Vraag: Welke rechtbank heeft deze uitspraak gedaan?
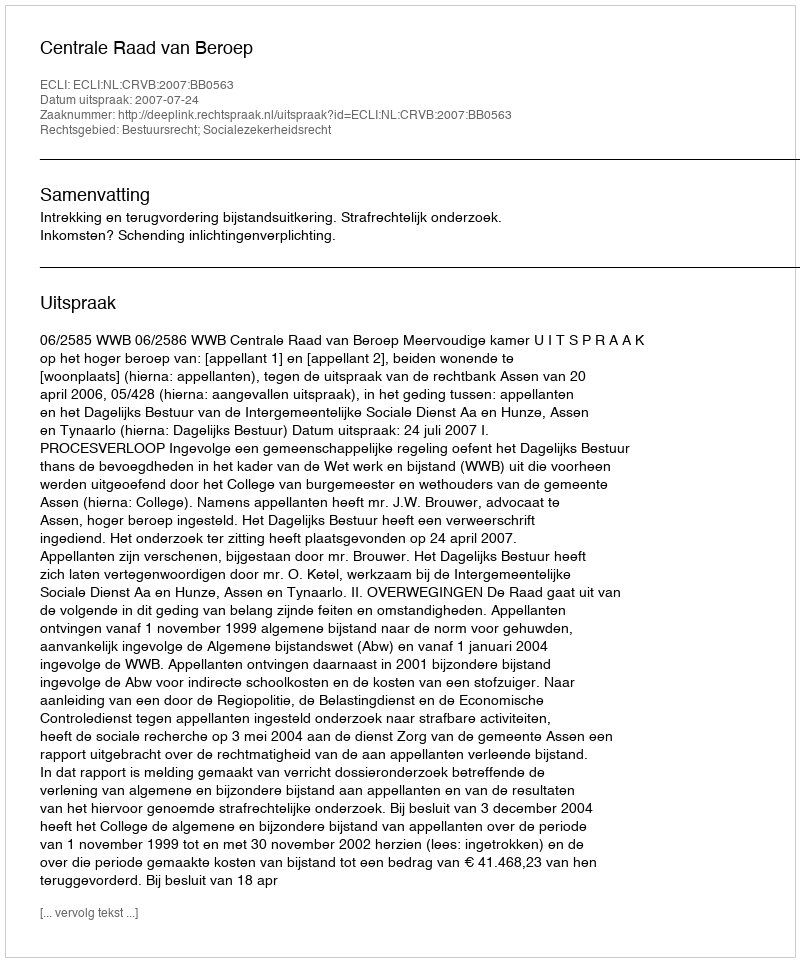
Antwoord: Centrale Raad van Beroep